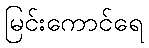
မြင်းကောင်ရေ